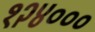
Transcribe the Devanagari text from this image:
१२४०००